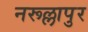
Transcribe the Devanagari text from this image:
नरूल्लापुर